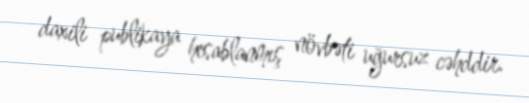
daxili publikaya hesablanmış növbəti uğursuz cəhddir.